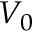
V _ { 0 }